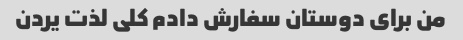
من برای دوستان سفارش دادم کلی لذت یردن